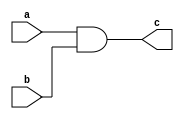
module E_AND(input a,b, output reg c);

initial
begin
	c = 1'b0;
end

always @(*)begin
	c = a&b;
end

endmodule